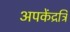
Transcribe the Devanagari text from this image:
अपकेंद्रत्रि